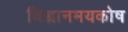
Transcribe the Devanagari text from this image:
विज्ञानमयकोष